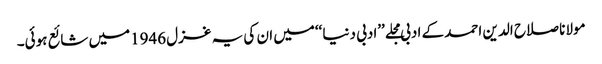
مولانا صلاح الدین احمد کے ادبی مجلے ’’ادبی دنیا ‘‘میں ان کی یہ غزل 1946میں شائع ہوئی۔